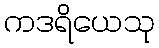
ကဒရိယေသု